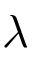
\lambda